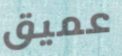
عميق